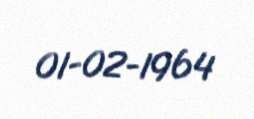
01-02-1964